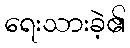
ရေးသားခဲ့၏